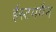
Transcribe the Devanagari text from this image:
ईस्टममैन